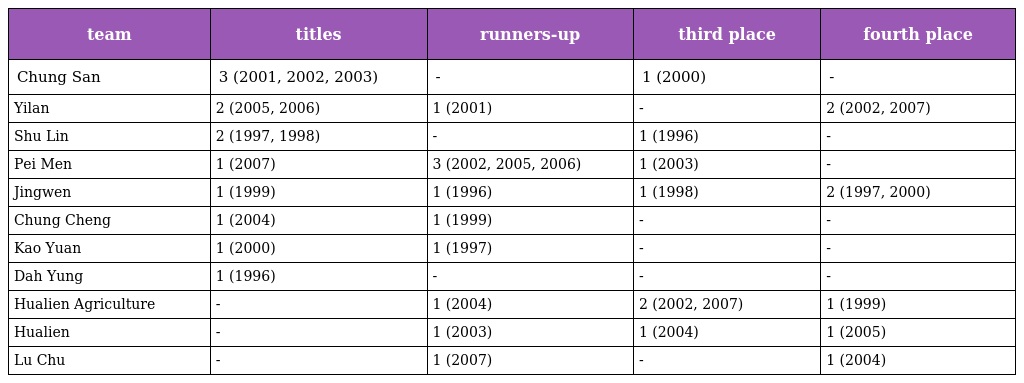
| team | titles | runners-up | third place | fourth place |
 | --- | --- | --- | --- | --- |
 | Chung San | 3 (2001, 2002, 2003) | - | 1 (2000) | - |
 | Yilan | 2 (2005, 2006) | 1 (2001) | - | 2 (2002, 2007) |
 | Shu Lin | 2 (1997, 1998) | - | 1 (1996) | - |
 | Pei Men | 1 (2007) | 3 (2002, 2005, 2006) | 1 (2003) | - |
 | Jingwen | 1 (1999) | 1 (1996) | 1 (1998) | 2 (1997, 2000) |
 | Chung Cheng | 1 (2004) | 1 (1999) | - | - |
 | Kao Yuan | 1 (2000) | 1 (1997) | - | - |
 | Dah Yung | 1 (1996) | - | - | - |
 | Hualien Agriculture | - | 1 (2004) | 2 (2002, 2007) | 1 (1999) |
 | Hualien | - | 1 (2003) | 1 (2004) | 1 (2005) |
 | Lu Chu | - | 1 (2007) | - | 1 (2004) |